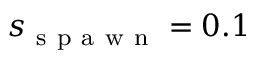
s _ { \mathrm { ~ s ~ p ~ a ~ w ~ n ~ } } = 0 . 1